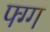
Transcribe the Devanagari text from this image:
फ्ग्ग